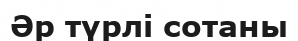
Әр түрлі сотаны